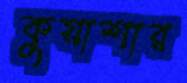
কুয়াশার